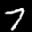
Label: 7